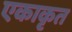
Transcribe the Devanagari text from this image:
एकाकृत